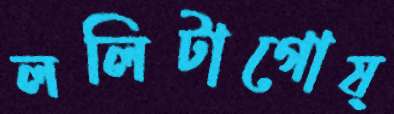
ললিটাগোষ্